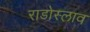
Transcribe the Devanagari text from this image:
राडोस्लाव